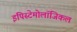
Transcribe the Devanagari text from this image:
इपिस्टेमोलॉजिकल